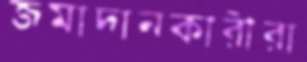
জমাদানকারীরা